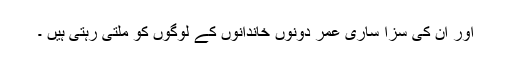
اور ان کی سزا ساری عمر دونوں خاندانوں کے لوگوں کو ملتی رہتی ہیں ۔